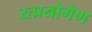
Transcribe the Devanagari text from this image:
य्त्प्रयोगेण